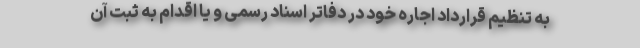
به تنظیم قرارداد اجاره خود در دفاتر اسناد رسمی و یا اقدام به ثبت آن